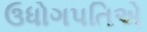
ઉધોગપતિએ